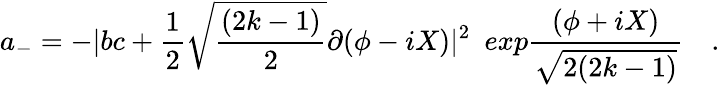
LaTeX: a_{-}=-|bc+{\frac{1}{2}}\sqrt{\frac{(2k-1)}{2}}\partial(\phi-iX)|^{2}{}~~exp{\frac{(\phi+iX)}{\sqrt{2(2k-1)}}}\quad.